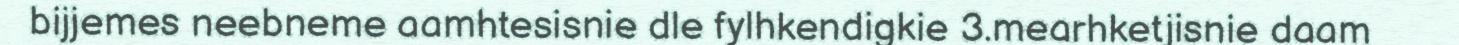
bijjemes neebneme aamhtesisnie dle fylhkendigkie 3.mearhketjisnie daam